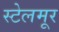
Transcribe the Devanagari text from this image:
स्टेलमूर